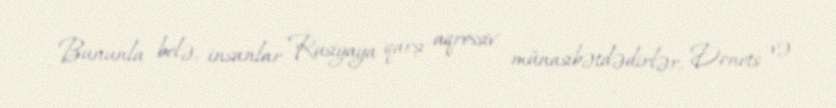
Bununla belə, insanlar Rusiyaya qarşı aqressiv münasibətdədirlər, Donets və